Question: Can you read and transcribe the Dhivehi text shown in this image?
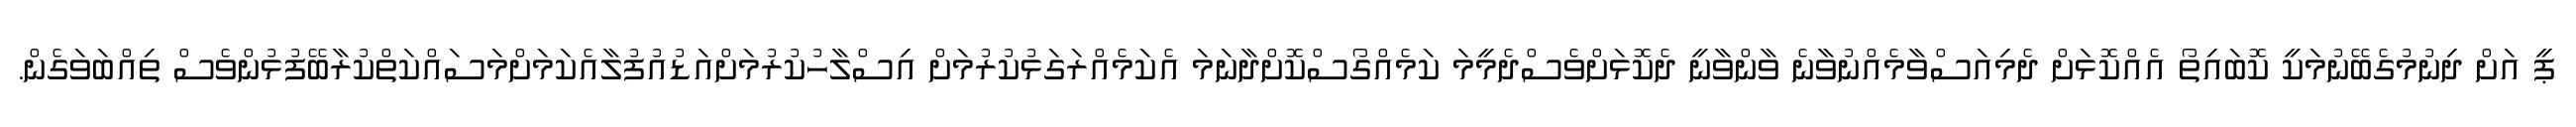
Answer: ޕީ އަށް ދިނުމުގެބޭނުމަކީ ކޮބައިތޯ އެއްކޮޅަށް ދެމިއަސްވާމެއްނުވާނެ ވާންވާނީ ދެކޮޅަށްވެސްދެމީމަ ކަމެއްގޯސްކޮށްދާނަމަ އެކަމެއްރަގަޅުކުރުމަށް އިސްލާހުކުރުމަށްއަޑުއުފުލާއެކަމަށްމަސައްކަތްކުރާބޭފުޅުންވެސް ތިއްބަވަގެން.